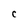
Character: C